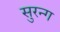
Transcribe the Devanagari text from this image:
सुरन्ग